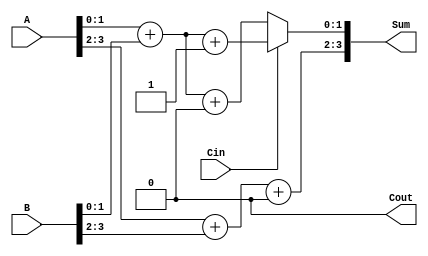
module CarrySelectAdder (
    input [3:0] A,      // First 4-bit input
    input [3:0] B,      // Second 4-bit input
    input Cin,          // Carry input
    output [3:0] Sum,   // 4-bit sum output
    output Cout         // Carry output
);

    wire [1:0] S0_0, S0_1, S1_0, S1_1; // Sums for each block with Cin=0 and Cin=1
    wire C0_0, C0_1, C1_0, C1_1;       // Carries for each block

    // Block 0 (LSB)
    // Compute sums and carries assuming Cin = 0
    assign S0_0 = A[1:0] + B[1:0] + 1'b0;  // Sum for Cin = 0
    assign C0_0 = (A[1:0] + B[1:0]) >> 2; // Carry out for Cin = 0

    // Compute sums and carries assuming Cin = 1
    assign S1_0 = A[1:0] + B[1:0] + 1'b1;  // Sum for Cin = 1
    assign C1_0 = (A[1:0] + B[1:0] + 1'b1) >> 2; // Carry out for Cin = 1

    // Block 1 (MSB)
    // Compute sums and carries assuming Cin = 0
    assign S0_1 = A[3:2] + B[3:2] + 1'b0;  // Sum for Cin = 0
    assign C0_1 = (A[3:2] + B[3:2]) >> 2; // Carry out for Cin = 0

    // Compute sums and carries assuming Cin = 1
    assign S1_1 = A[3:2] + B[3:2] + 1'b1;  // Sum for Cin = 1
    assign C1_1 = (A[3:2] + B[3:2] + 1'b1) >> 2; // Carry out for Cin = 1

    // Select final results based on carry out from Block 0
    wire carry_out_from_block_0; 
    assign carry_out_from_block_0 = Cin ? C1_0 : C0_0; // Final block carry based on Block 0 carry

    assign Sum[1:0] = Cin ? S1_0 : S0_0; // First two bits of the sum
    assign Sum[3:2] = carry_out_from_block_0 ? S1_1 : S0_1; // Select sums from Block 1 based on carry

    // Final carry output is from the second block
    assign Cout = carry_out_from_block_0 ? C1_1 : C0_1; // Final carry output

endmodule